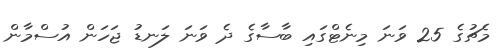
މެޗުގެ 25 ވަނަ މިނެޓްގައި ބާސާގެ ދެ ވަނަ ލަނޑު ޖަހަން އުސްމާން